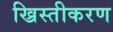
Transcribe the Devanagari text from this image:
ख्रिस्तीकरण